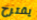
يقترح